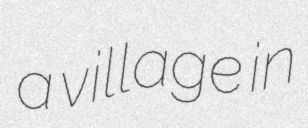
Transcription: a village in